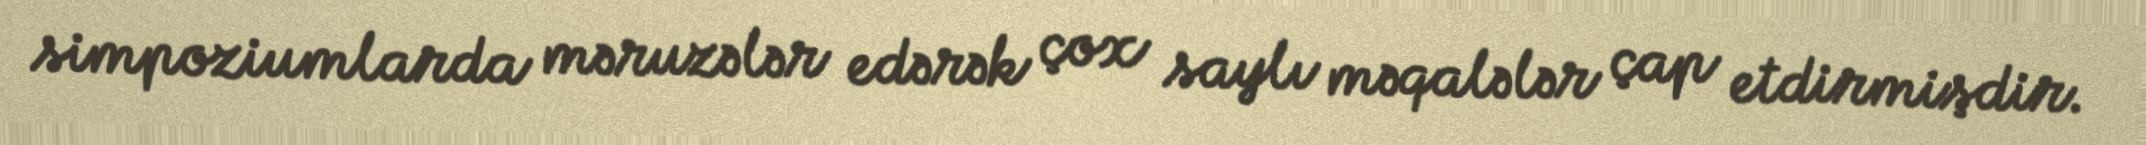
simpoziumlarda məruzələr edərək çox saylı məqalələr çap etdirmişdir.